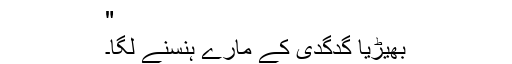
"
بھیڑیا گدگدی کے مارے ہنسنے لگا۔